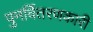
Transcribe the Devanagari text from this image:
पुनर्वितरणकारी